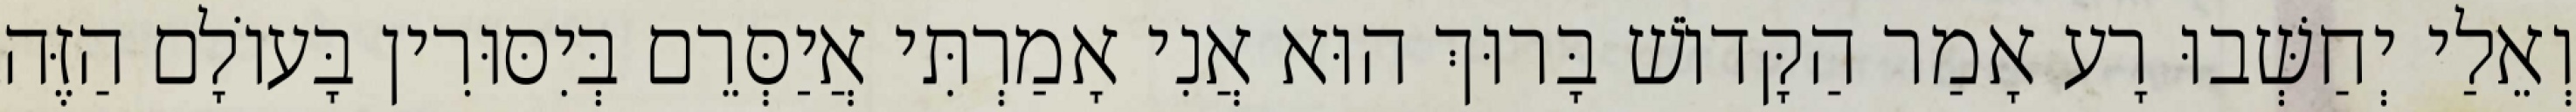
וְאֵלַי יְחַשְּׁבוּ רָע אָמַר הַקָּדוֹשׁ בָּרוּךְ הוּא אֲנִי אָמַרְתִּי אֲיַסְּרֵם בְּיִסּוּרִין בָּעוֹלָם הַזֶּה